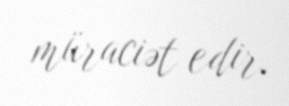
müraciət edir.